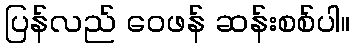
ပြန်လည် ဝေဖန် ဆန်းစစ်ပါ။